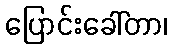
ပြောင်းခေါ်တာ၊